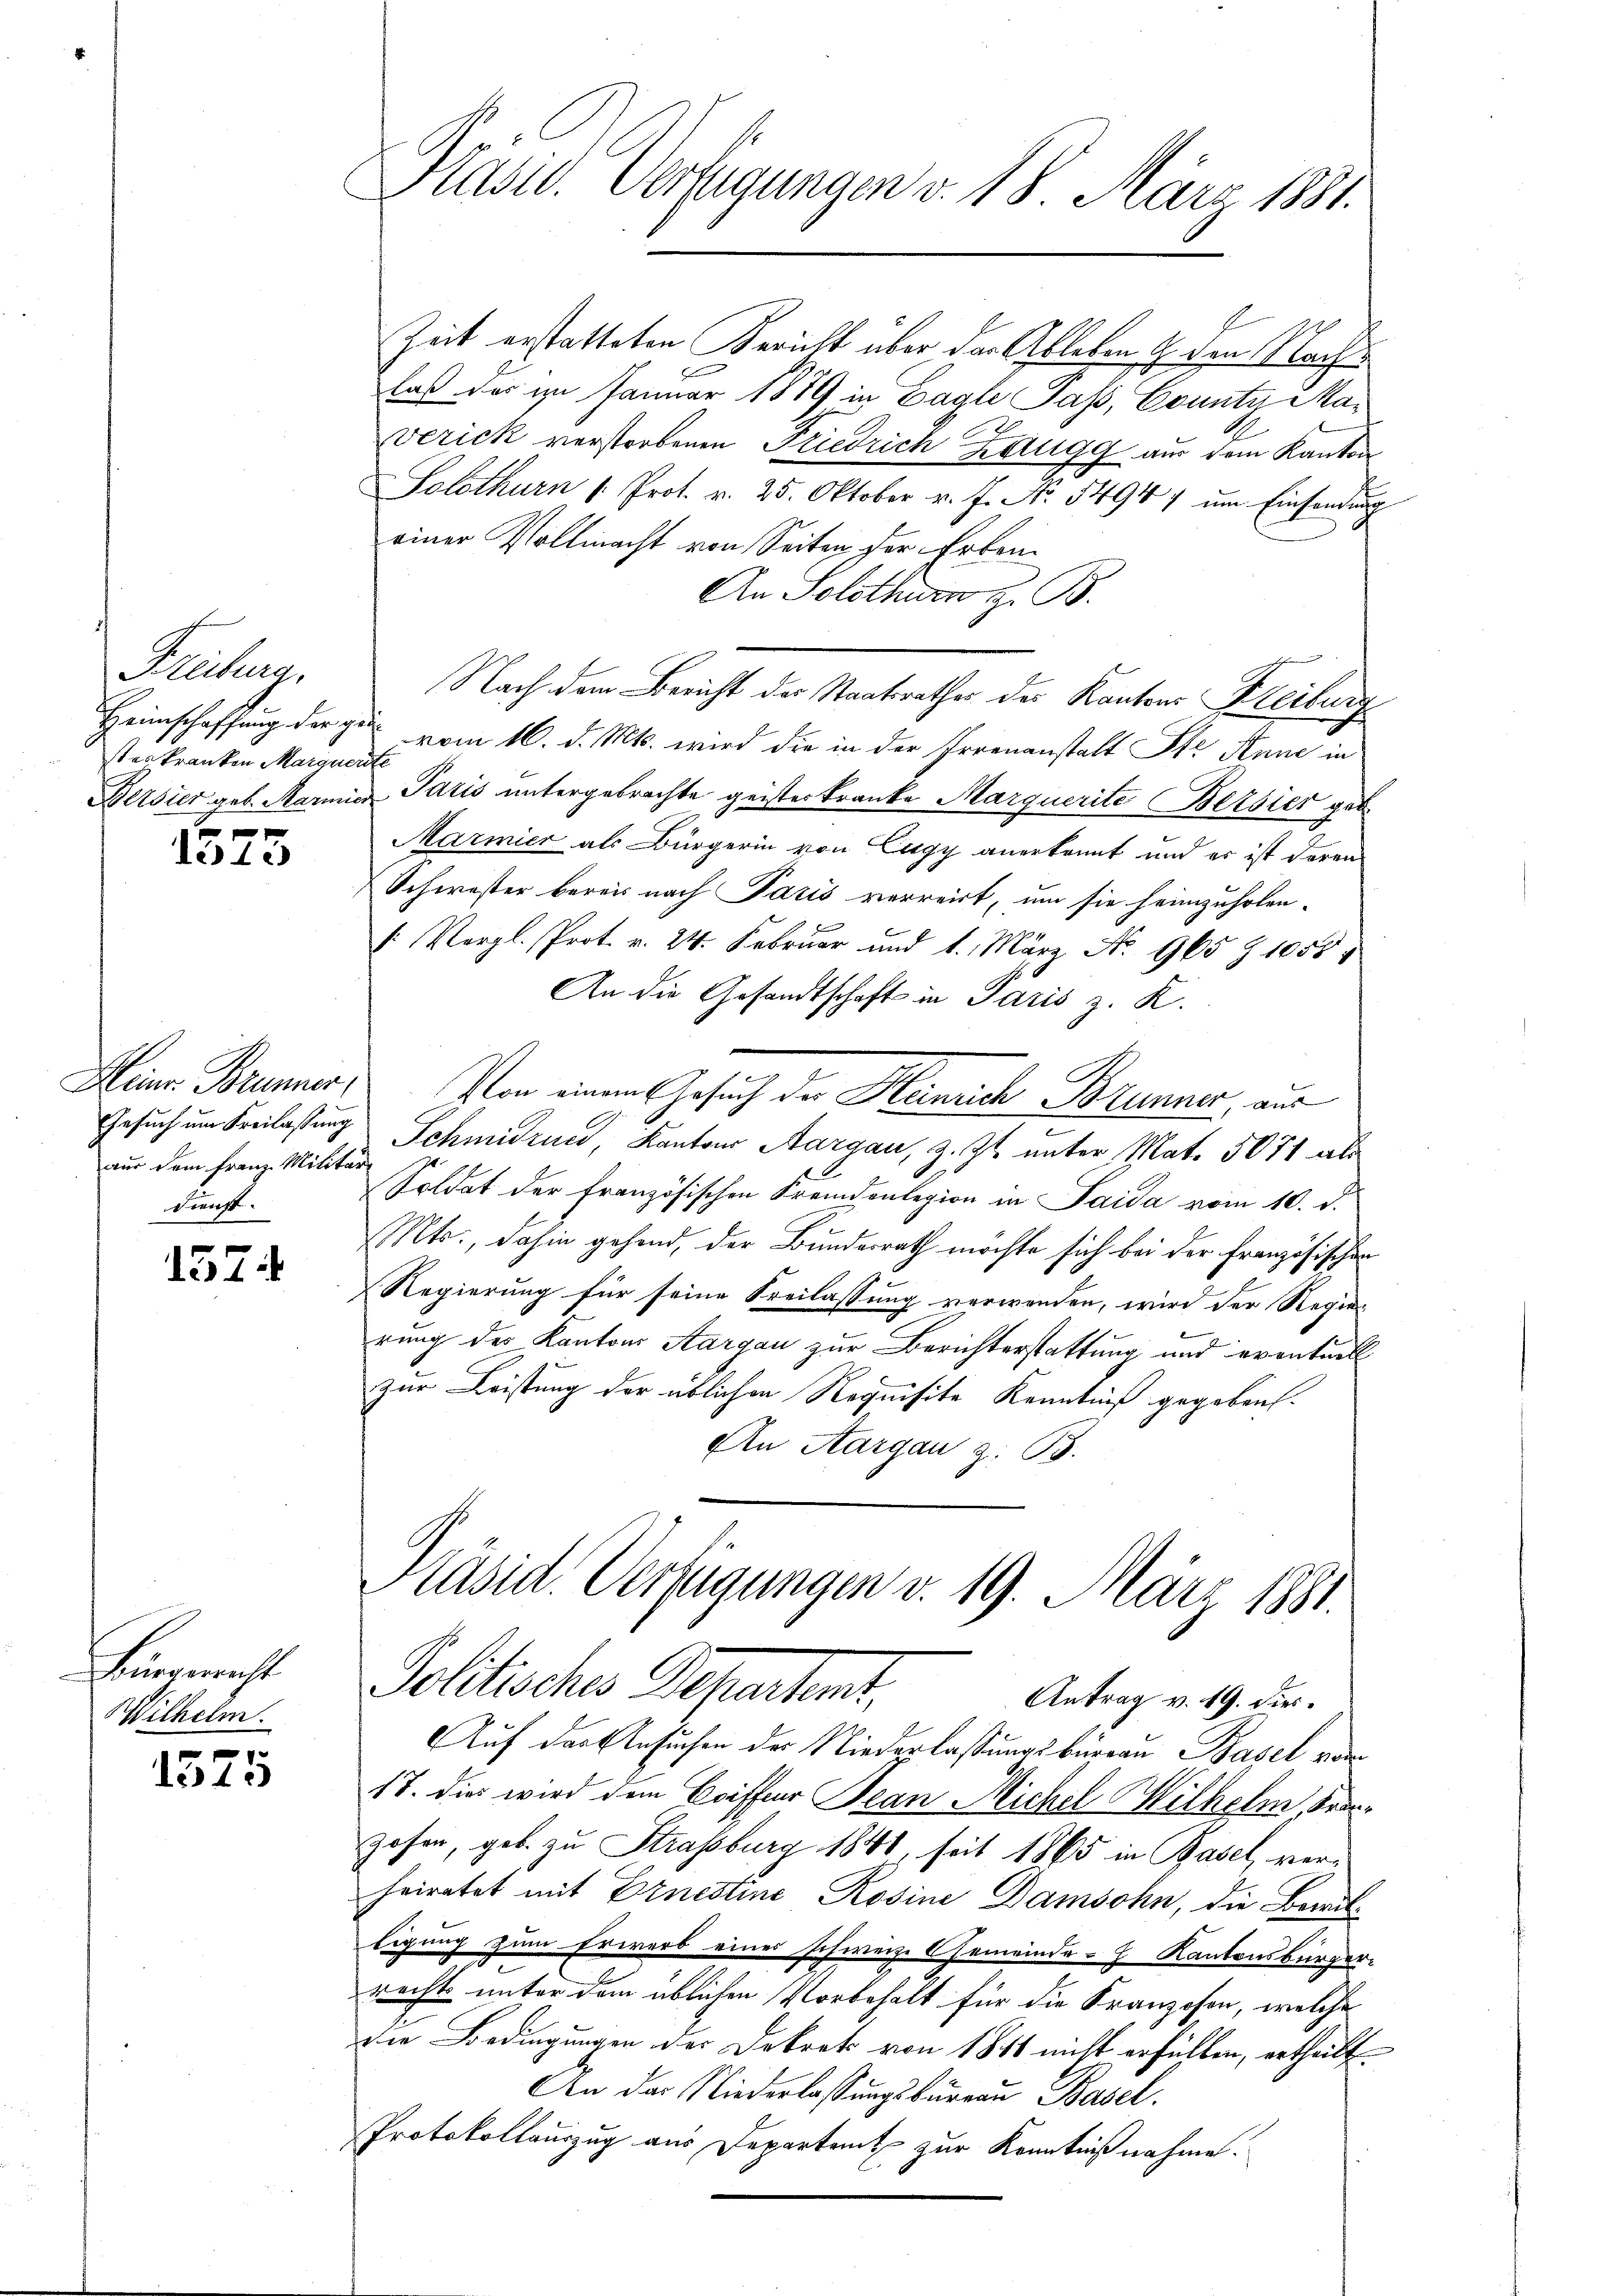
Kateg
Heimschaffung der gestes kranken Marquer
Bersier geb. Marmie

1575

Heinr. Brunner,
Gesuch um Freilassung
aus dem Franz Militärdienst.

1574

Bürgericht
Wilhelm.

u
513

.

Präsid. Verfügungen v. 18. März 181.

Zeit erstatteten Bericht über der Alleben & den Nachlaß der im Januar 1879 in Lagle Pass, County Maverick verstorbenen Friedrich Zangg aus dem Kanton
Solothurn (: Prot. v. 25. Oktober v. J. No. 54941 um Einsendung
einer Vollmacht von Seiten der Erben¬
An Solothurn z. B.
Nach dem Bericht der Staatsrathes des Kantons Freiburg
 vom 16. d. Mts. wird die in der Irrenanstalt Ste Anne in
d
 Paris untergebrachte geisterkranke Marquerite Betsier geb.
Marmier als Bürgerin von Eugy anerkannt und er ist deren
Schwester bereis nach Paris verreist, um sie heimzuholen-
[: Vergl. Prot. v. 24. Februar und 1. März No. 965 Z 1055
An die Gesandtschaft in Paris z. R.
Von einen Gesuch der Hancke Brunne, aus
Schmidrued, Kantons Aargau, z. Zt. unter Mat. 5071 als
Soldat der Französischen Fremdenlegion in Saida vom 10. d.
Mts., dahin gehend, der Bundesrath möchte sich bei der Französischen
Regierung für seine Freilassung verwenden, wird der Regier
rung des Kantons Aargau zur Berichterstattung und eventuell
zur Leistung der üblichen Requisite Kenntniß gegeben.
An Aargau z. B.

Käsid. Verfügungen v. 19. März 1881.
Politisches Departant,
Antrag v. 19. dies¬

Auf das Gesuchen der Niederlassungsburgau Basel vom
17. die wird dem Coiffeur Bean Michel Wilhelm, Franzosen, geb. zu Strassburg 1848, seit 1865 in Basel, verheiratet mit Ernestine Rosine Damsohn, die Bewilligung zum Erwerb eines schweiz. Gemeinde- Kantonsbürger-
rechts unter dem üblichen Vorbehalt für die Franzosen, welche
die Bedingungen der Dekrets von 1811 nicht erfüllen, ertheilt.
An das Niederlassungsbureau Basel.
Protokollauszug aus Departamt zur Kenntnißnahme.